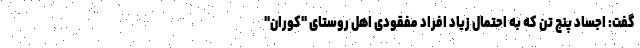
گفت: اجساد پنج تن که به احتمال زیاد افراد مفقودی اهل روستای "کوران"